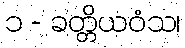
၁ - ခတ္တိယဝံသ၊